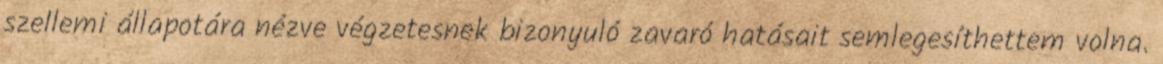
szellemi állapotára nézve végzetesnek bizonyuló zavaró hatásait semlegesíthettem volna.